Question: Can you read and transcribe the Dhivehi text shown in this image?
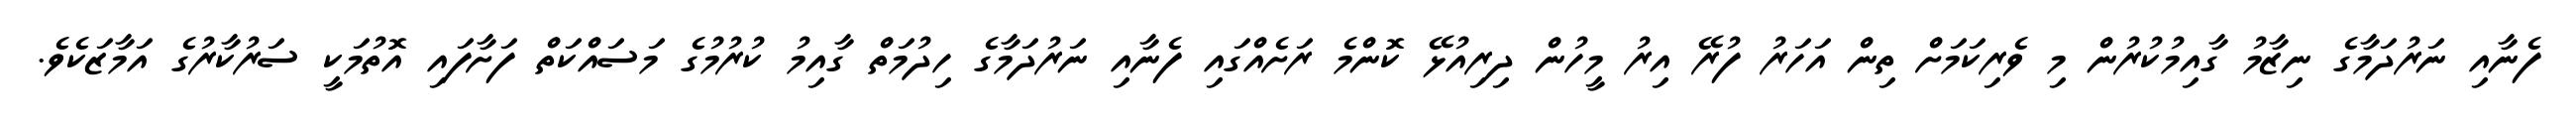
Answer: ފެނާއި ނަރުދަމާގެ ނިޒާމު ގާއިމުކުރުން މި ވެރިކަމަށް ތިން އަހަރު ފުރޭ އިރު މީހުން ދިރިއުޅޭ ކޮންމެ ރަށެއްގައި ފެނާއި ނަރުދަމާގެ ހިދުމަތް ގާއިމު ކުރުމުގެ މަސައްކަތް ފަށާފައި އޮތުމަކީ ސަރުކާރުގެ އަމާޒަކެވެ.